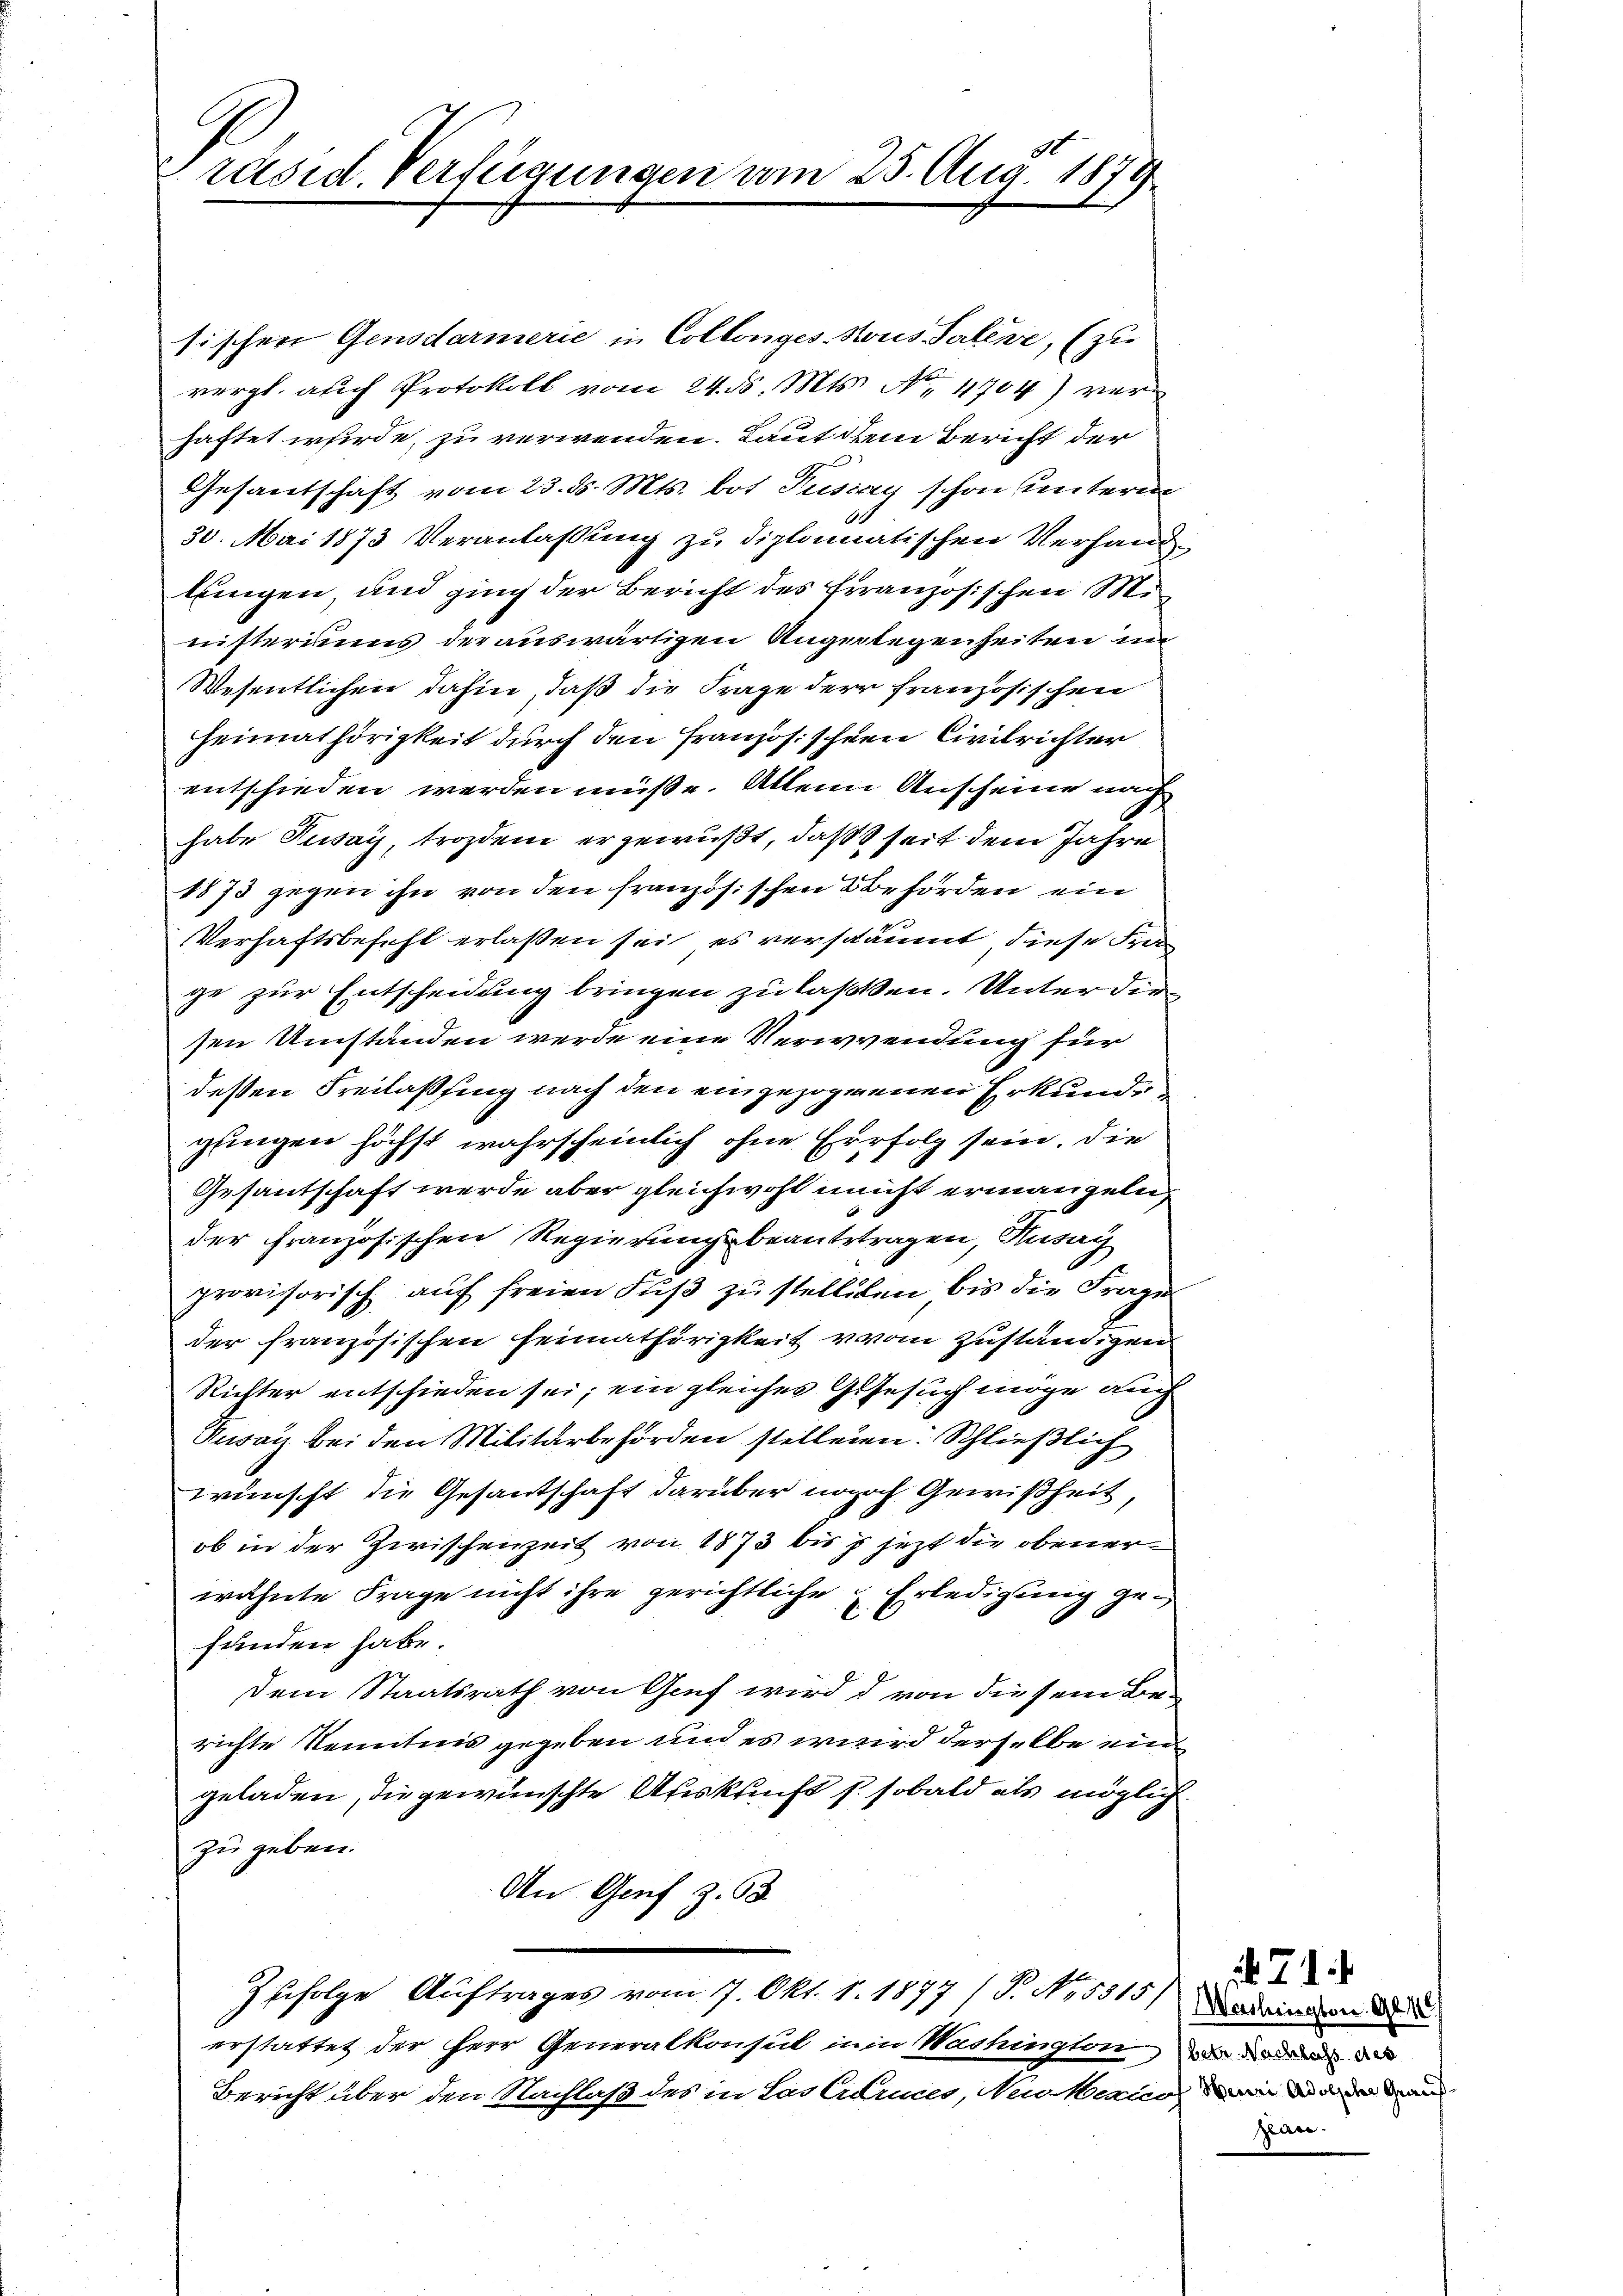
räsid. Verfügungen vom 25. Aug. 1879

sischen Gensdarmerie in Collonges Hous Saline, (zu
vergl. auch Protokoll vom 24. d. Mts. No. 4704) ver
haftet würde, zu verwenden. Lauf dem Bericht der
Gesandschaft vom 23. ds. Mts. bot Puszay schon unterm
30. Mai 1873 Veranlaßung zu diplomatischen Verhandlungen, und ging der Bericht des Französischen Mi
nisteriums der auswärtigen Angelegenheiten im
Wesentlichen dahin, daß die Frage der französischen
Heimathörigkeit durch den Französischen Civilrichter
entschieden werden müße. Alleine Anscheine nach
habe Tusay, trozdem ergewußt, daß seit dem Jahre
1873 gegen ihn von den französischen Behörden ein
Verhaftsbefehl erlaßen sei es verschäumt diese Frei
ge zur Entscheidung bringen zu laßen. Unter die
sen Umstanden werde eine Verwendung für
dessen Freilassung nach den eingezogenen Erkunde
glingen höchst wahrscheinlich ohne Erfolg sein. Die
Gesantschaft werde aber gleichwohl nicht ermangeln,
der Französischen Regierungsbeantrtragen, Husag
provisorisch auf freien Fuß zu stelliten, bis die Frage
der französischen Heimathörigkeit vom Zuständigen
Richter entschieden sei; ein gleiches Gesuch möge auch
Ansag bei den Militärbehörden stellenen. Schließlich
wünscht die Gesantschaft darüber noch Gewißheit,
ob in der Zwischenzeit von 1873 bis jezt die obenerwähnte Frage nicht ihre gerichtliche Erledigung gefunden habe.
Dem Staatsrath von Graf wird d von diesem Berichte Kenntnis gegeben und es wird derselbe ein
geladen, die gewünschte Auskunft s. sobald als möglich
zu geben.
An Genf z. 63
Ihfolge Auftrages vom 7. Okt. 1. 1877 / P. Nr. 5315) das einen de
erstattet der Herr Generalkonsul in in Washington und da de
Bericht über den Nachlaß des in Las Curies, Neu Maria, wie die au

b. J. 1
Pan.